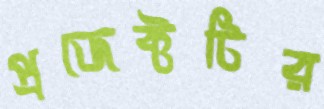
প্রজেক্টটির